Investigations on Bengal jail dietaries - Number 37
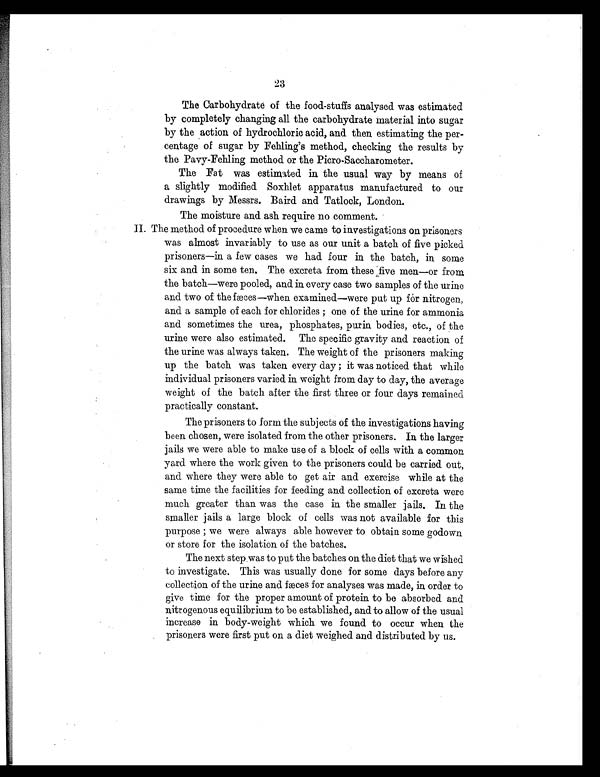
23
The Carbohydrate of the food-stuffs analysed was estimated
by completely changing all the carbohydrate material into sugar
by the action of hydrochloric acid, and then estimating the per-
centage of sugar by Fehling's method, checking the results by
the Pavy-Fehling method or the Picro-Saccharometer.
The Fat was estimated in the usual way by means of
a slightly modified Soxhlet apparatus manufactured to our
drawings by Messrs. Baird and Tatlock, London.
The moisture and ash require no comment.
I I . T h e m e t h o d o f p r o c e d u r e w h e n w e c a m e t o i n v e s t i g a t i o n s o n p r i s o n e r s
was almost invariably to use as our unit a batch of five picked
prisoners—in a few cases we had four in the batch, in some
six and in some ten. The excreta from these five men—or from
the batch—were pooled, and in every case two samples of the urine
and two of the fæces—when examined—were put up fór nitrogen,
and a sample of each for chlorides ; one of the urine for ammonia
and sometimes the urea, phosphates, purin bodies, etc., of the
urine were also estimated. The specific gravity and reaction of
the urine was always taken. The weight of the prisoners making
up the batch was taken every day ; it was noticed that while
individual prisoners varied in weight from day to day, the average
weight of the batch after the first three or four days remained
practically constant.
The prisoners to form the subjects of the investigations having
been chosen, were isolated from the other prisoners. In the larger
jails we were able to make use of a block of cells with a common
yard where the work given to the prisoners could be carried out,
and where they were able to get air and exercise while at the
same time the facilities for feeding and collection of excreta were
much greater than was the case in the smaller jails. In the
smaller jails a large block of cells was not available for this
purpose ; we were always able however to obtain some godown
or store for the isolation of the batches.
The next step was to put the batches on the diet that we wished
to investigate. This was usually done for some days before any
col l ect i on of t he uri ne and fæces for anal yses was made, i n order t o
give time for the proper amount of protein to be absorbed and
nitrogenous equilibrium to be established, and to allow of the usual
increase in body-weight which we found to occur when the
prisoners were first put on a diet weighed and distributed by us.